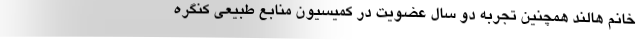
خانم هالند همچنین تجربه دو سال عضویت در کمیسیون منابع طبیعی کنگره